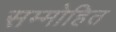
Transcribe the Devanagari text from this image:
सम्‍मोहित